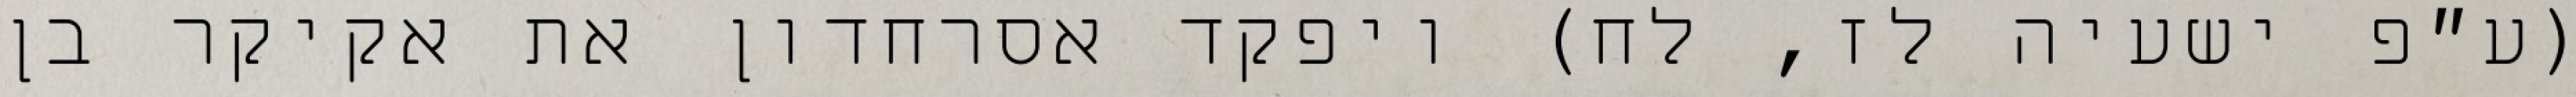
(ע״פ ישעיה לז, לח) ויפקד אסרחדון את אקיקר בן